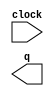
module xxx_test_counter (
	clock,
	q);

	input	  clock;
	output	[5:0]  q;

endmodule